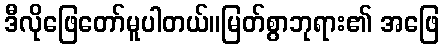
ဒီလိုဖြေတော်မူပါတယ်။မြတ်စွာဘုရား၏ အဖြေ